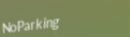
NoParking